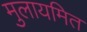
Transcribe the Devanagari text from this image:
मुलायमित